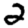
Digit: 2